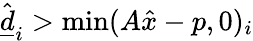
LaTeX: \hat{\underline{d}}_{i}>\operatorname*{min}(A\hat{x}-p,0)_{i}